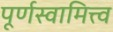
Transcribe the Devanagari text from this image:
पूर्णस्वामित्त्व